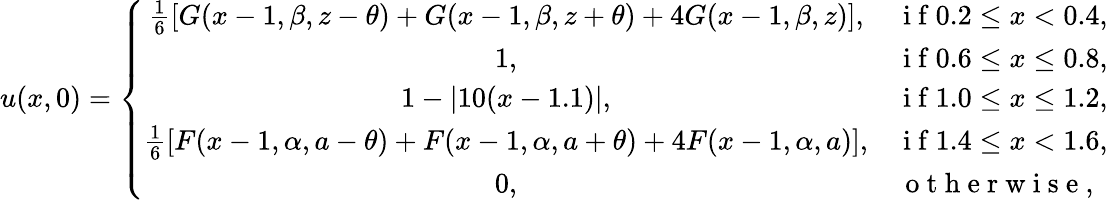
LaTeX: u(x,0)=\left\{ \begin{array}{cc}{\frac{1}{6}[G(x-1,\beta,z-\theta)+G(x-1,\beta,z+\theta)+4G(x-1,\beta,z)],}&{\mathrm{~i~f~}0.2\leq x<0.4,}\\ {1,}&{\mathrm{~i~f~}0.6\leq x\leq 0.8,}\\ {1-|10(x-1.1)|,}&{\mathrm{~i~f~}1.0\leq x\leq 1.2,}\\ {\frac{1}{6}[F(x-1,\alpha,a-\theta)+F(x-1,\alpha,a+\theta)+4F(x-1,\alpha,a)],}&{\mathrm{~i~f~}1.4\leq x<1.6,}\\ {0,}&{\mathrm{~o~t~h~e~r~w~i~s~e~,~}}\end{array}\right.